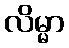
လိမ္မာ